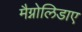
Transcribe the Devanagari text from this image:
मैग्नोलिडाए